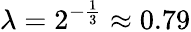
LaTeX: \lambda=2^{-\frac{1}{3}}\approx 0.79